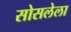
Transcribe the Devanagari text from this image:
सोसलेला